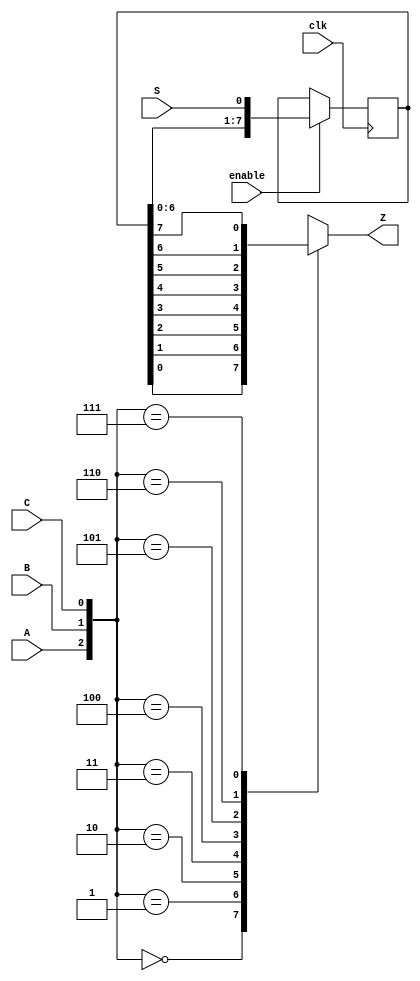
module top_module (
    input clk,
    input enable,
    input S,
    input A, B, C,
    output Z ); 
    
    reg [7:0] Q;
    
    // 8 bit shift register
    always @ (posedge clk) begin
        if (enable) begin
            Q <= { Q[6:0], S }; 
        end
    end
    
    // LUT / 8-to-1 mux circuit
    always @ (*) begin
        case ({A, B, C})
            3'b000: Z = Q[0];
            3'b001: Z = Q[1];
            3'b010: Z = Q[2];
            3'b011: Z = Q[3];
            3'b100: Z = Q[4];
            3'b101: Z = Q[5];
            3'b110: Z = Q[6];
            3'b111: Z = Q[7];
        endcase
    end
    
    // alternate 8-to-1 mux circuit
    // assign Z = Q[ {A, B, C} ];

endmodule